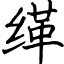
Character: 缂